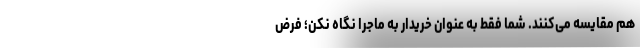
هم مقایسه می‌کنند. شما فقط به عنوان خریدار به ماجرا نگاه نکن؛ فرض